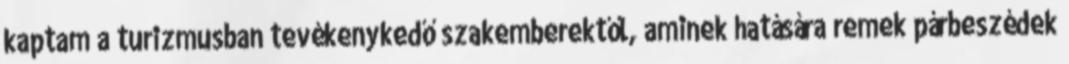
kaptam a turizmusban tevékenykedő szakemberektől, aminek hatására remek párbeszédek